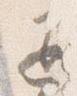
退